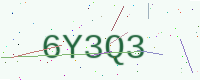
Text: 6Y3Q3